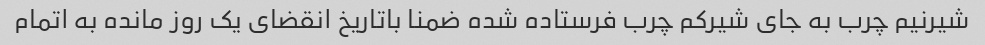
شیرنیم چرب به جای شیرکم چرب فرستاده شده ضمنا باتاریخ انقضای یک روز مانده به اتمام